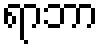
ရာဘာ